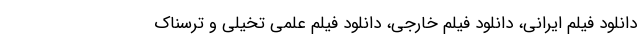
دانلود فیلم ایرانی، دانلود فیلم خارجی، دانلود فیلم علمی تخیلی و ترسناک